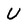
Character: U